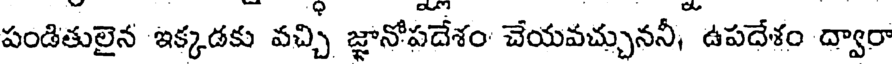
పండితులైన ఇక్కడకు వచ్చి జ్ఞానోపదేశం చేయవచ్చుననీ, ఉపదేశం ద్వారా